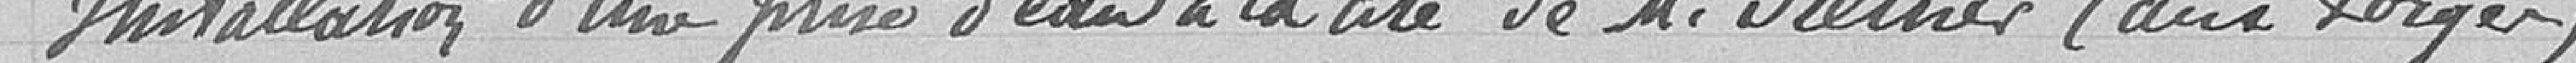
Installation d'une prise d'eau à la cité de Monsieur Steiner (aux Forges)